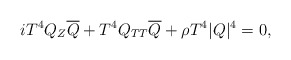
\begin{align*}iT^4Q_Z\overline{Q}+ T^4Q_{TT}\overline{Q}+\rho T^4|Q|^4=0,\end{align*}